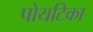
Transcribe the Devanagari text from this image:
पोयटिका